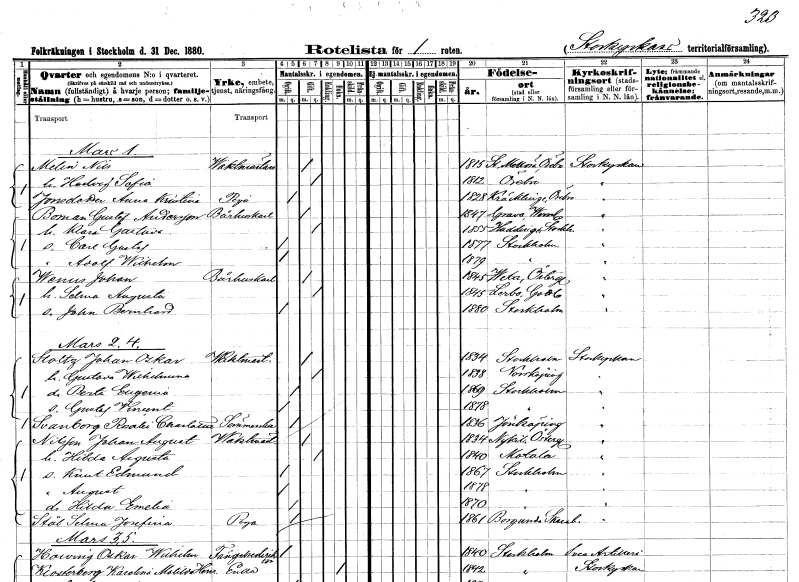
gt_parse: households: individuals: FN: Nils
EN: Melin
YRKE: Vaktmästare
KON: M
CIV: G
FODAR: 1815
FODFORS: Stora Mellösa Örebro län
FN: Hedvig Sofia
KON: K
CIV: G
FODAR: 1812
FODFORS: Örebro Örebro län
FN: Anna Kristina
EN: Jonsdotter
YRKE: Piga
KON: K
CIV: O
FODAR: 1828
FODFORS: Kräcklinge Örebro län
FN: Gustaf
EN: Boman Andersson
YRKE: Bårhuskarl
KON: M
CIV: G
FODAR: 1847
FODFORS: Grava Värmlands län
FN: Klara Gustava
KON: K
CIV: G
FODAR: 1855
FODFORS: Huddinge Stockholms län
FN: Carl Gustaf
KON: M
CIV: O
FODAR: 1877
FODFORS: Stockholm
FN: Adolf Wilhelm
KON: M
CIV: O
FODAR: 1879
FODFORS: Stockholm
FN: Johan
EN: Wenus
YRKE: Bårhuskarl
KON: M
CIV: G
FODAR: 1845
FODFORS: Veta Östergötlands län
FN: Selma Augusta
KON: K
CIV: G
FODAR: 1845
FODFORS: Lerbo Södermanlands län
FN: John Bernhard
KON: M
CIV: O
FODAR: 1880
FODFORS: Stockholm
FN: Johan Oskar
EN: Stoltz
YRKE: Vaktmästare
KON: M
CIV: G
FODAR: 1834
FODFORS: Stockholm
FN: Gustava Wilhelmina
KON: K
CIV: G
FODAR: 1838
FODFORS: Norrköping Östergötlands län
FN: Berta Eugenia
KON: K
CIV: O
FODAR: 1869
FODFORS: Stockholm
FN: Gustaf Vincent
KON: M
CIV: O
FODAR: 1878
FODFORS: Stockholm
FN: Rosalie Charlotta
EN: Svanborg
YRKE: Sömmerska
KON: K
CIV: O
FODAR: 1836
FODFORS: Jönköping Jönköpings län
FN: Johan August
EN: Nilsson
YRKE: Vaktmästare
KON: M
CIV: G
FODAR: 1834
FODFORS: Nykil Östergötlands län
FN: Hilda Augusta
KON: K
CIV: G
FODAR: 1840
FODFORS: Motala Östergötlands län
FN: Knut Edmund
KON: M
CIV: O
FODAR: 1867
FODFORS: Stockholm
FN: August
KON: M
CIV: O
FODAR: 1878
FODFORS: Stockholm
FN: Hilda Emelia
KON: K
CIV: O
FODAR: 1870
FODFORS: Stockholm
FN: Selma Josefina
EN: Stål
YRKE: Piga
KON: K
CIV: O
FODAR: 1861
FODFORS: Borgunda Skaraborgs län